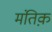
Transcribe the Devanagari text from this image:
मंतिक़